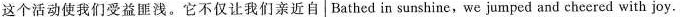
这个活动使我们受益匪浅。它不仅让我们亲近自 Bathed in sunshine,we jumped and cheered with joy.